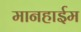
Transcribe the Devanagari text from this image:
मानहाईम